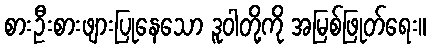
စားဦးစားဖျားပြုနေသော ဒူဝါတို့ကို အမြစ်ဖြုတ်ရေး။